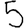
Digit: 5